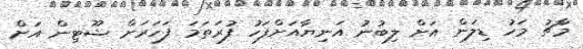
މާޗު މަހު ޑިލަން އަށް ލިބުނު އަނިޔާއަށްފަހު ފުރަތަމަ ފަހަރަށް ޝޫޓިން އަށް